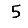
Digit: 5